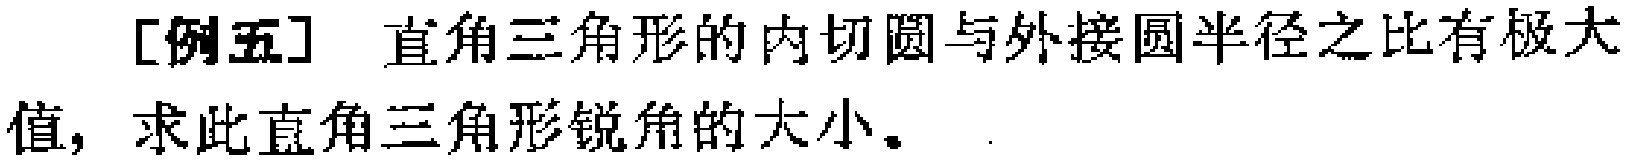
[例五] 直角三角形的内切圆与外接圆半径之比有极大值，求此直角三角形锐角的大小。